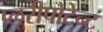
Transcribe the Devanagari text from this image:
प्लूरीपोटेन्ट